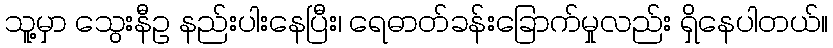
သူ့မှာ သွေးနီဥ နည်းပါးနေပြီး၊ ရေဓာတ်ခန်းခြောက်မှုလည်း ရှိနေပါတယ်။